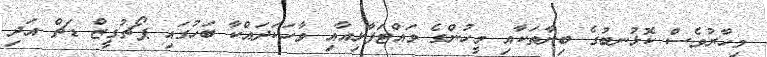
މިހާރުވެސް ކޮޅުނބުގެ ބިނާތަކާއި މީހުންގެ ވައްޓަފާޅިއާއި ވާހަކަދައްކާ ބަހުގައި ޕޯޗުގީޒް ޑަޗް އަދި